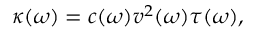
\kappa ( \omega ) = c ( \omega ) v ^ { 2 } ( \omega ) \tau ( \omega ) ,